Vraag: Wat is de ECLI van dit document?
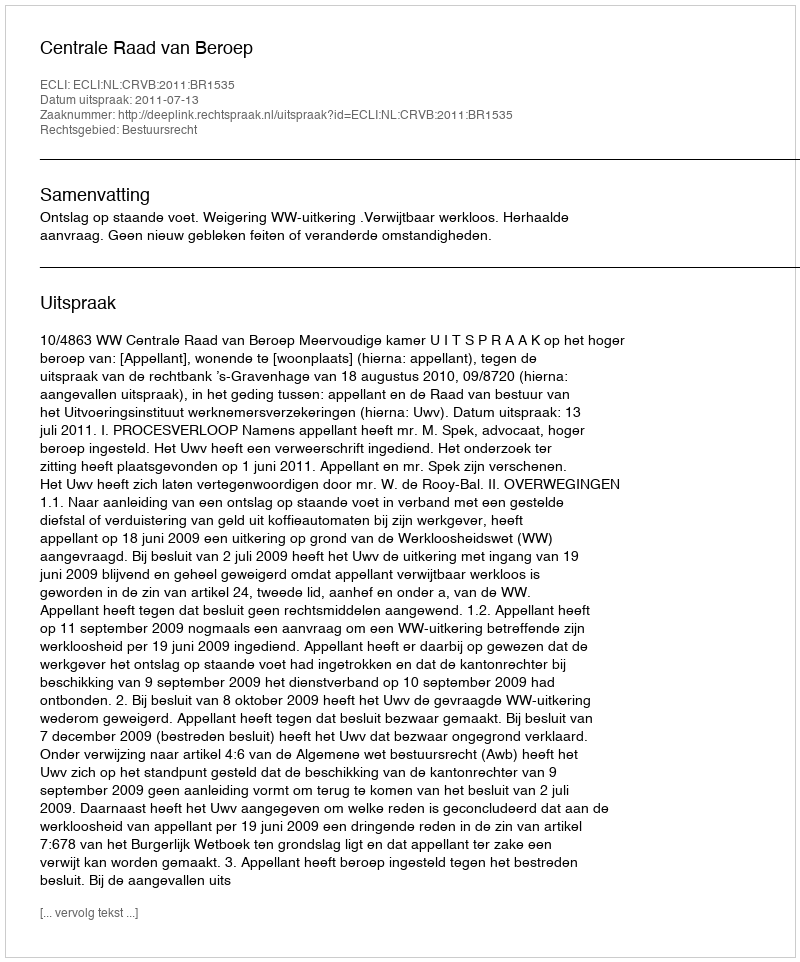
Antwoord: ECLI:NL:CRVB:2011:BR1535